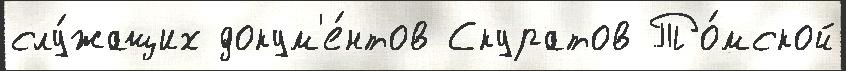
слу́жащих докум'е́нтов Скуратов То́мской